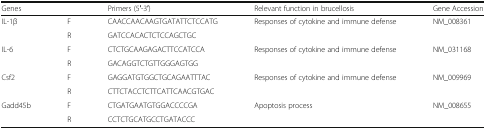
<table><thead><tr><td><b>Genes</b></td><td></td><td><b>Primers (5′-3′)</b></td><td><b>Relevant function in brucellosis</b></td><td><b>Gene Accession</b></td></tr></thead><tbody><tr><td rowspan="2">IL-1β</td><td>F</td><td>CAACCAACAAGTGATATTCTCCATG</td><td rowspan="2">Responses of cytokine and immune defense</td><td rowspan="2">NM_008361</td></tr><tr><td>R</td><td>GATCCACACTCTCCAGCTGC</td></tr><tr><td rowspan="2">IL-6</td><td>F</td><td>CTCTGCAAGAGACTTCCATCCA</td><td rowspan="2">Responses of cytokine and immune defense</td><td rowspan="2">NM_031168</td></tr><tr><td>R</td><td>GACAGGTCTGTTGGGAGTGG</td></tr><tr><td rowspan="2">Csf2</td><td>F</td><td>GAGGATGTGGCTGCAGAATTTAC</td><td rowspan="2">Responses of cytokine and immune defense</td><td rowspan="2">NM_009969</td></tr><tr><td>R</td><td>CTTCTACCTCTTCATTCAACGTGAC</td></tr><tr><td rowspan="2">Gadd45b</td><td>F</td><td>CTGATGAATGTGGACCCCGA</td><td rowspan="2">Apoptosis process</td><td rowspan="2">NM_008655</td></tr><tr><td>R</td><td>CCTCTGCATGCCTGATACCC</td></tr></tbody></table>